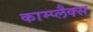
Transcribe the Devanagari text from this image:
काम्प्लैक्स